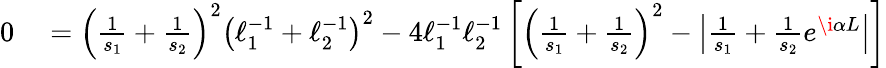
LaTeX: \begin{array}{rl}{0}&{{}=\left(\frac{1}{s_{1}}+\frac{1}{s_{2}}\right)^{2}\left(\ell_{1}^{-1}+\ell_{2}^{-1}\right)^{2}-4\ell_{1}^{-1}\ell_{2}^{-1}\left[\left(\frac{1}{s_{1}}+\frac{1}{s_{2}}\right)^{2}-\left|\frac{1}{s_{1}}+\frac{1}{s_{2}}e^{\i\alpha L}\right|\right]}\end{array}